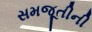
સમજૂતીની